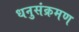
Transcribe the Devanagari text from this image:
धनुसंक्रमण